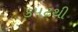
કપટથી